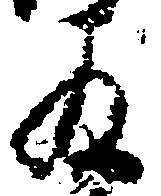
為